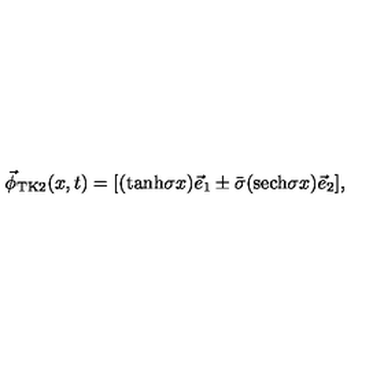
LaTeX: \vec { \phi } _ { \mathrm { T K } 2 } ( x , t ) = [ ( \mathrm { t a n h } \sigma x ) \vec { e } _ { 1 } \pm \bar { \sigma } ( \mathrm { s e c h } \sigma x ) \vec { e } _ { 2 } ] ,